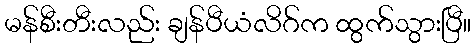
မန်စီးတီးလည်း ချန်ပီယံလိဂ်က ထွက်သွားပြီ။